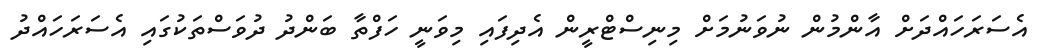
އެސަރަހައްދަށް އާންމުން ނުވަނުމަށް މިނިސްޓްރީން އެދިފައި މިވަނީ ހަފްތާ ބަންދު ދުވަސްތަކުގައި އެސަރަހައްދު